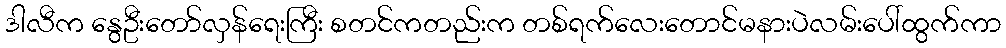
ဒါလီက နွေဦးတော်လှန်ရေးကြီး စတင်ကတည်းက တစ်ရက်လေးတောင်မနားပဲလမ်းပေါ်ထွက်ကာ